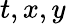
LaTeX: t,x,y